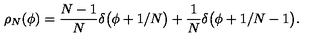
\rho _ { N } ( \phi ) = { \frac { N - 1 } { N } } \delta \bigl ( \phi + 1 / N \bigr ) + { \frac { 1 } { N } } \delta \bigl ( \phi + 1 / N - 1 \bigr ) .